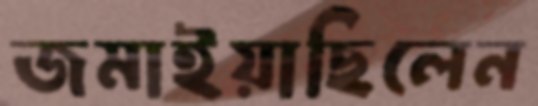
জমাইয়াছিলেন